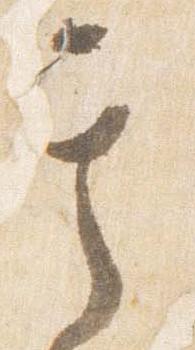
其